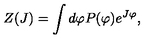
Z ( J ) = \int d \varphi P ( \varphi ) e ^ { J \varphi } ,